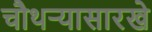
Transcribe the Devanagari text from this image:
चौथऱ्यासारखे